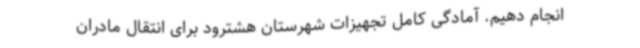
انجام دهیم. آمادگی کامل تجهیزات شهرستان هشترود برای انتقال مادران